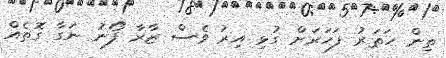
ތިން ހަތަރު ފަހަރަށް ގުޅި އިރު ވެސް ޒާރާ ފޯނު ނަގާ ގޮތެއް